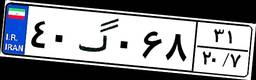
۹۰گ۰۳۲۷۳